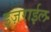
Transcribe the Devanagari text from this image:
इज़राईल